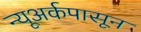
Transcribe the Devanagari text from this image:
न्यूअर्कपासून